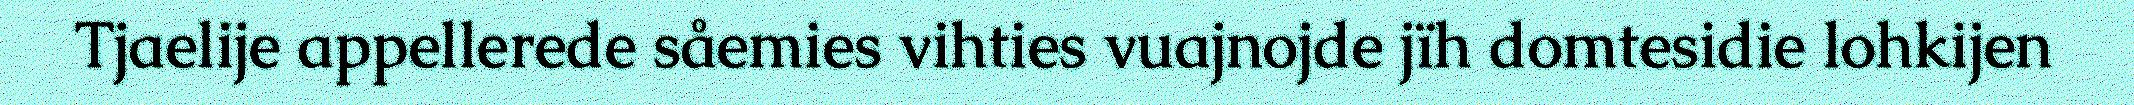
Tjaelije appellerede såemies vihties vuajnojde jïh domtesidie lohkijen